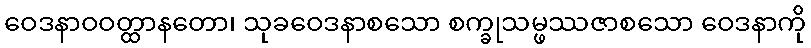
ဝေဒနာဝဝတ္ထာနတော၊ သုခဝေဒနာစသော စက္ခုသမ္ဖဿဇာစသော ဝေဒနာကို